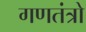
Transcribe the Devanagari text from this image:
गणतंत्रो